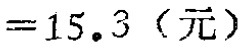
$=15.3\ （元）$